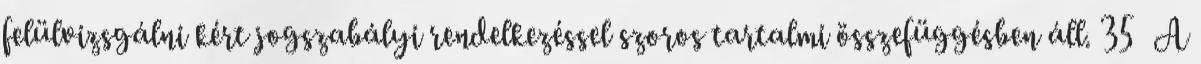
felülvizsgálni kért jogszabályi rendelkezéssel szoros tartalmi összefüggésben áll. 35 A